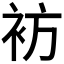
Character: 𫋳